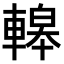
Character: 𨎀